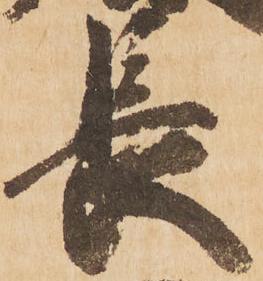
長